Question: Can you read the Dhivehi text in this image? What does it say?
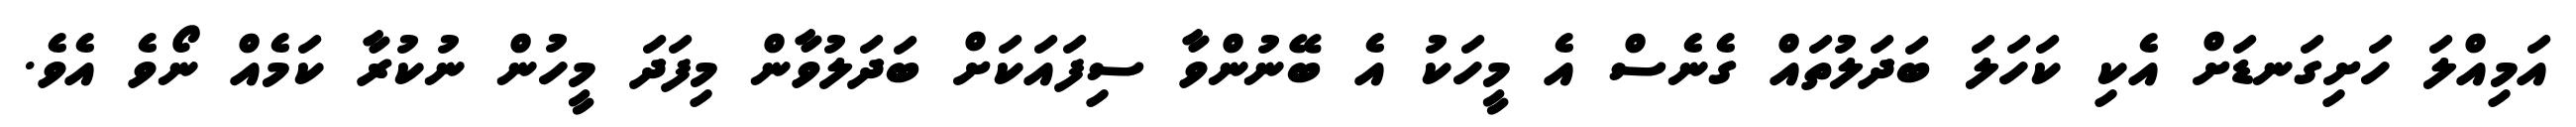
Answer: އަމިއްލަ ހަށިގަނޑަށް އެކި ކަހަލަ ބަދަލުތައް ގެނެސް އެ މީހަކު އެ ބޭނުންވާ ސިފައަކަށް ބަދަލުވާން މިފަދަ މީހުން ނުކުރާ ކަމެއް ނޯވެ އެވެ.